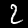
Label: 2